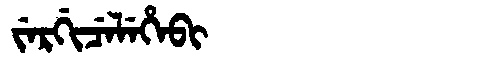
Manchu: ᠵᡝᡵᡤᡳᠴᡝᠯᡝᡥᡝᠪᡳ
Romanization: JERGICELEHEBI